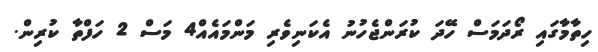
ހިތާމާގައި ރޯދަމަސް ހޭދަ ކުރަންޖެހުނު އެކަނިވެރި މަންމައެއް4 މަސް 2 ހަފްތާ ކުރިން.